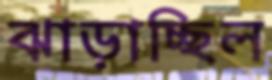
ঝাড়াচ্ছিল